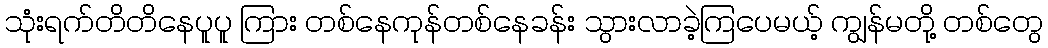
သုံးရက်တိတိနေပူပူ ကြား တစ်နေကုန်တစ်နေခန်း သွားလာခဲ့ကြပေမယ့် ကျွန်မတို့ တစ်တွေ